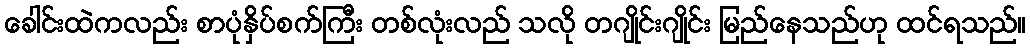
ခေါင်းထဲကလည်း စာပုံနှိပ်စက်ကြီး တစ်လုံးလည် သလို တဂျိုင်းဂျိုင်း မြည်နေသည်ဟု ထင်ရသည်။